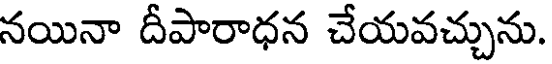
నయినా దీపారాధన చేయవచ్చును.